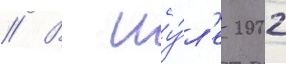
// В иу́л'е 2002